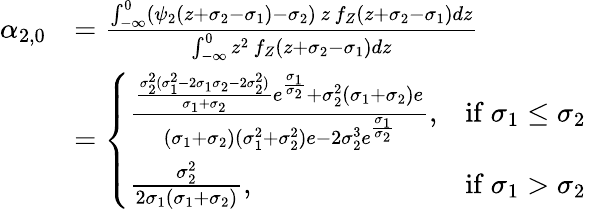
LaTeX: \begin{array}{rl}{\alpha_{2,0}}&{=\frac{\int_{-\infty}^{0}(\psi_{2}(z+\sigma_{2}-\sigma_{1})-\sigma_{2})\, z\, f_{Z}(z+\sigma_{2}-\sigma_{1})dz}{\int_{-\infty}^{0}z^{2}\, f_{Z}(z+\sigma_{2}-\sigma_{1})dz}}\\ &{=\left\{ \begin{array}{ll}{\frac{\frac{\sigma_{2}^{2}(\sigma_{1}^{2}-2\sigma_{1}\sigma_{2}-2\sigma_{2}^{2})}{\sigma_{1}+\sigma_{2}}e^{\frac{\sigma_{1}}{\sigma_{2}}}+\sigma_{2}^{2}(\sigma_{1}+\sigma_{2})e}{(\sigma_{1}+\sigma_{2})(\sigma_{1}^{2}+\sigma_{2}^{2})e-2\sigma_{2}^{3}e^{\frac{\sigma_{1}}{\sigma_{2}}}},}&{\mathrm{if~}\sigma_{1}\leq\sigma_{2}\ }\\ {\frac{\sigma_{2}^{2}}{2\sigma_{1}(\sigma_{1}+\sigma_{2})},}&{\mathrm{if~}\sigma_{1}>\sigma_{2}}\end{array}\right.}\end{array}